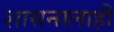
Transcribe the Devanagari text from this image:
शासनालाही